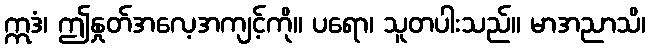
ဣဒံ၊ ဤနှုတ်အလေ့အကျင့်ကို။ ပရော၊ သူတပါးသည်။ မာအညာသိ၊